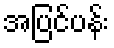
အပြင်ပန်း